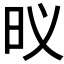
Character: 𮲛